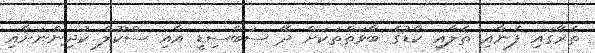
ތެރޭގައި ފެނާއި ތެލާއި ކާޑުގެ ބާވަތްތަކަށް ދޭ ސަބްސިޑީ އާއި ސްކޫލް ކުދިންނަށާއި